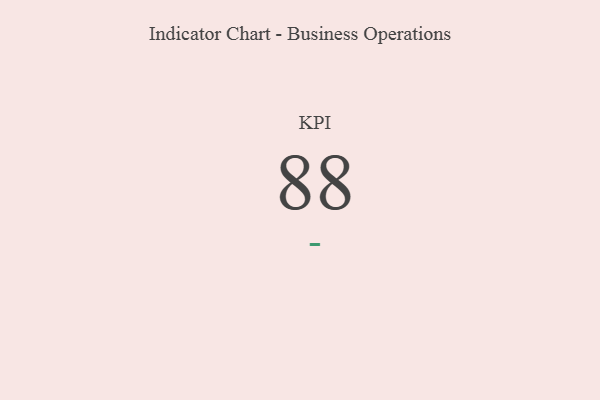
{"axis": {"x": "KPI", "y": "Value"}, "legend": [""], "data": [{"x": "KPI", "y": 88, "type": ""}]}